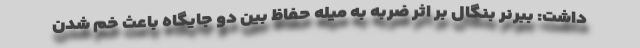
داشت: ببرنر بنگال بر اثر ضربه به میله حفاظ بین دو جایگاه باعث خم شدن